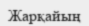
Жарқайың